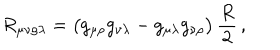
R _ { \mu \nu \rho \lambda } = \bigl ( g _ { \mu \rho } g _ { \nu \lambda } - g _ { \mu \lambda } g _ { \nu \rho } \bigr ) \, \frac { R } { 2 } \, ,